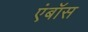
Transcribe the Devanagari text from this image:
एंबॉस